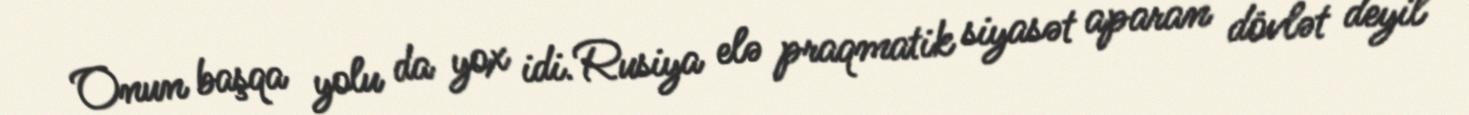
Onun başqa yolu da yox idi. Rusiya elə praqmatik siyasət aparan dövlət deyil